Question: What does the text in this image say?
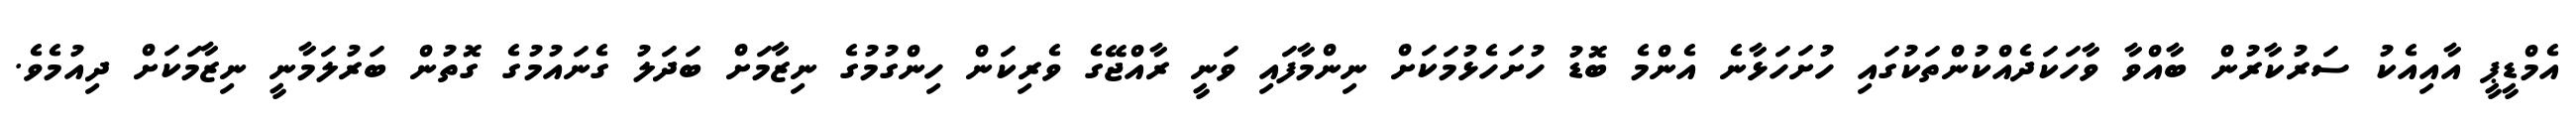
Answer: އެމްޑީޕީ އާއިއެކު ސަރުކާރުން ބާއްވާ ވާހަކަދެއްކުންތަކުގައި ހުށަހަޅާނެ އެންމެ ބޮޑު ހުށަހެޅުމަކަށް ނިންމާފައި ވަނީ ރާއްޖޭގެ ވެރިކަން ހިންގުމުގެ ނިޒާމަށް ބަދަލު ގެނައުމުގެ ގޮތުން ބަރުލަމާނީ ނިޒާމަކަށް ދިއުމެވެ.